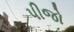
પીજો